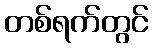
တစ်ရက်တွင်